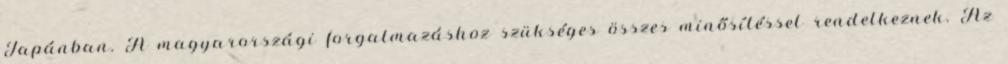
Japánban. A magyarországi forgalmazáshoz szükséges összes minősítéssel rendelkeznek. Az